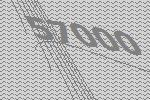
57000